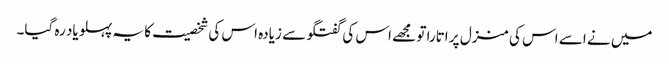
میں نے اسے اس کی منزل پر اتارا تو مجھے اس کی گفتگو سے زیادہ اس کی شخصیت کا یہ پہلو یاد رہ گیا۔